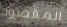
المقصود